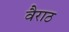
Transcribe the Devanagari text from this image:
वैराठ